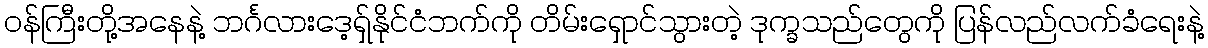
၀န်ကြီးတို့အနေနဲ့ ဘင်္ဂလားဒေ့ရှ်နိုင်ငံဘက်ကို တိမ်းရှောင်သွားတဲ့ ဒုက္ခသည်တွေကို ပြန်လည်လက်ခံရေးနဲ့